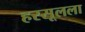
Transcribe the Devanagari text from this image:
हरसूलला